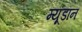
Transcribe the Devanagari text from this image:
म्यूडान